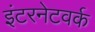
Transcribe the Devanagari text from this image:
इंटरनेटवर्क